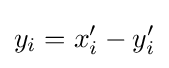
y_{i}=x'_{i}-y'_{i}